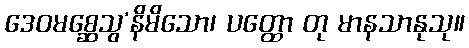
ဒေဝမစ္ဆေသွ’နိမိသော၊ ပတ္ထော တု မာနသာနုသု။